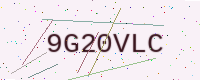
Text: 9G20VLC